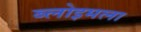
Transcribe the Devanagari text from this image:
ब्लोइमला